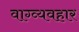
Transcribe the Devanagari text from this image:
वाग्व्यवहार